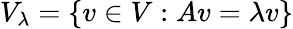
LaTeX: V_{\lambda}=\{ v\in V:Av=\lambda v\}